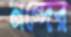
নন্দের